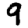
Digit: 9